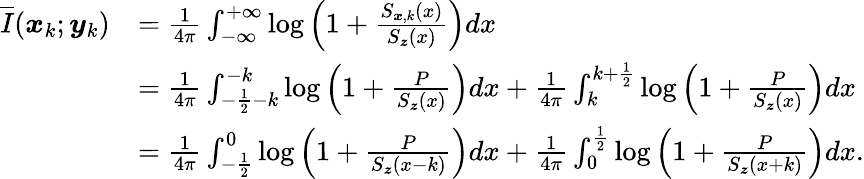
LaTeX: \begin{array}{rl}{\overline{{I}}(\boldsymbol{x}_{k};\boldsymbol{y}_{k})}&{=\frac{1}{4\pi}\int_{-\infty}^{+\infty}\log\left(1+\frac{S_{\boldsymbol{x},k}(x)}{S_{\boldsymbol{z}}(x)}\right)dx}\\ &{=\frac{1}{4\pi}\int_{-\frac{1}{2}-k}^{-k}\log\left(1+\frac{P}{S_{\boldsymbol{z}}(x)}\right)dx+\frac{1}{4\pi}\int_{k}^{k+\frac{1}{2}}\log\left(1+\frac{P}{S_{\boldsymbol{z}}(x)}\right)dx}\\ &{=\frac{1}{4\pi}\int_{-\frac{1}{2}}^{0}\log\left(1+\frac{P}{S_{\boldsymbol{z}}(x-k)}\right)dx+\frac{1}{4\pi}\int_{0}^{\frac{1}{2}}\log\left(1+\frac{P}{S_{\boldsymbol{z}}(x+k)}\right)dx.}\end{array}